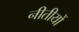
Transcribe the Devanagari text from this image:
नीतीयों